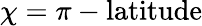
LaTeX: \chi=\pi-\mathrm{latitude}